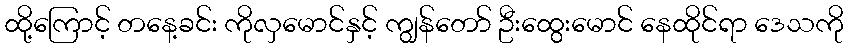
ထို့ကြောင့် တနေ့ခင်း ကိုလှမောင်နှင့် ကျွန်တော် ဦးထွေးမောင် နေထိုင်ရာ ဒေသကို